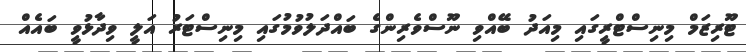
ޓޫރިޒަމް މިނިސްޓްރީގައި މިއަދު ބޭއްވި ނޫސްވެރިންގެ ބައްދަލުވުމުގައި މިނިސްޓަރު އަލީ ވިދާޅުވީ ބައެއް